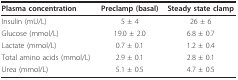
<table><thead><tr><td><b>Plasma concentration</b></td><td><b>Preclamp (basal)</b></td><td><b>Steady state clamp</b></td></tr></thead><tbody><tr><td>Insulin (mU/L)</td><td>5 ± 4</td><td>26 ± 6</td></tr><tr><td>Glucose (mmol/L)</td><td>19.0 ± 2.0</td><td>6.8 ± 0.7</td></tr><tr><td>Lactate (mmol/L)</td><td>0.7 ± 0.1</td><td>1.2 ± 0.4</td></tr><tr><td>Total amino acids (mmol/L)</td><td>2.9 ± 0.1</td><td>2.8 ± 0.1</td></tr><tr><td>Urea (mmol/L)</td><td>5.1 ± 0.5</td><td>4.7 ± 0.5</td></tr></tbody></table>